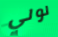
لولي